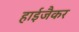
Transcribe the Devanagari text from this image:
हाईजैकर